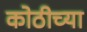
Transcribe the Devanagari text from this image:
कोठीच्या